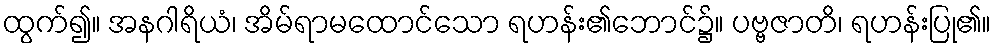
ထွက်၍။ အနဂါရိယံ၊ အိမ်ရာမထောင်သော ရဟန်း၏ဘောင်၌။ ပဗ္ဗဇာတိ၊ ရဟန်းပြု၏။